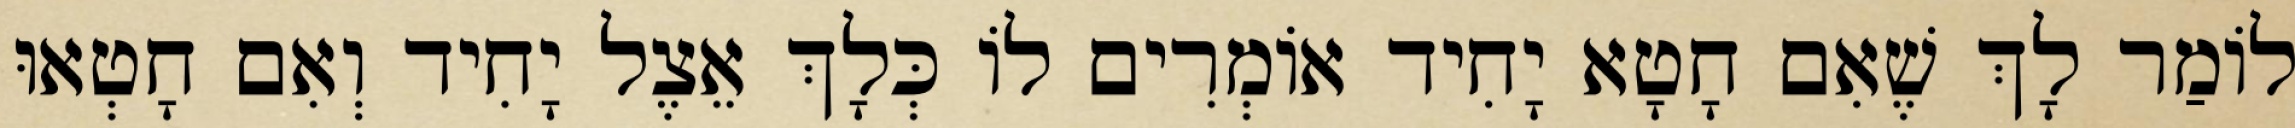
לוֹמַר לָךְ שֶׁאִם חָטָא יָחִיד אוֹמְרִים לוֹ כְּלָךְ אֵצֶל יָחִיד וְאִם חָטְאוּ